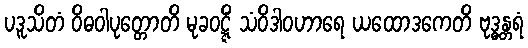
ပဒူသိတံ ဝိဓဝါပုတ္တောတိ မုခဝဋ္ဋိံ သံဝိဒါဝဟာရေ ယထောဒကေတိ ဗုဒ္ဓန္တရံ